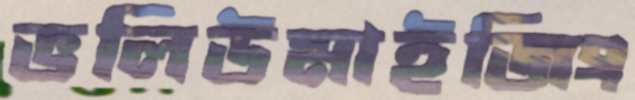
ভলিউমাইজিং